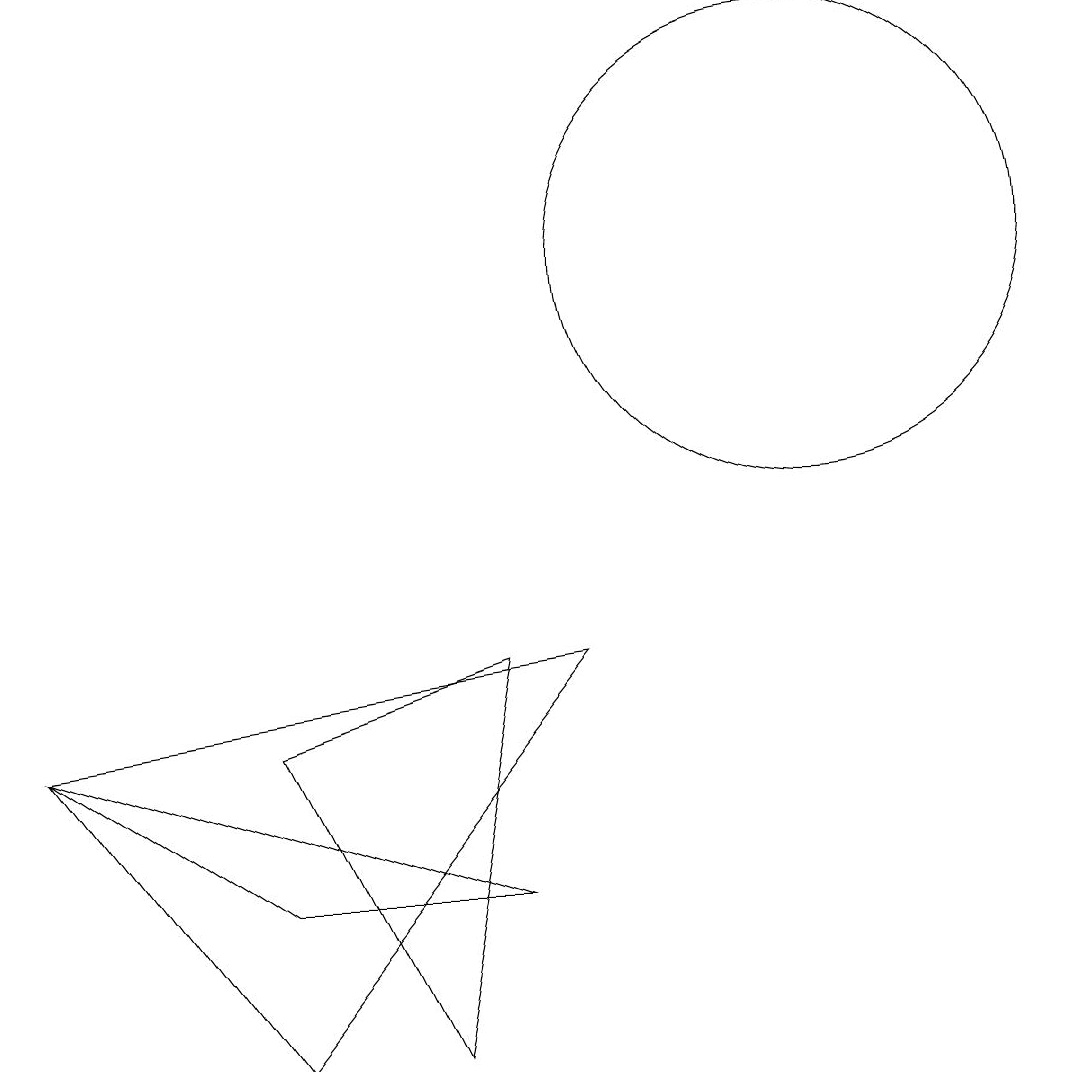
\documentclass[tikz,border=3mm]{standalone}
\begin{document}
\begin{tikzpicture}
\draw (3,2) -- (0,4) -- (6,2) -- cycle;
\draw (5,0) -- (3,4) -- (6,5) -- cycle;
\draw (3,0) -- (7,5) -- (0,4) -- cycle;
\draw (10,10) circle (3);
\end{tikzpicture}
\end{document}